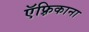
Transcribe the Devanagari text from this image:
ऍफ़्रिकाना